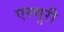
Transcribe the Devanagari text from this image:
एस्चुरी